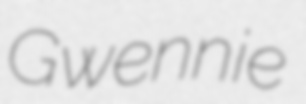
Gwennie